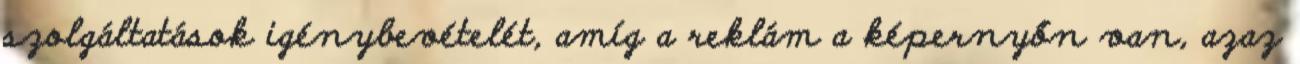
szolgáltatások igénybevételét, amíg a reklám a képernyőn van, azaz